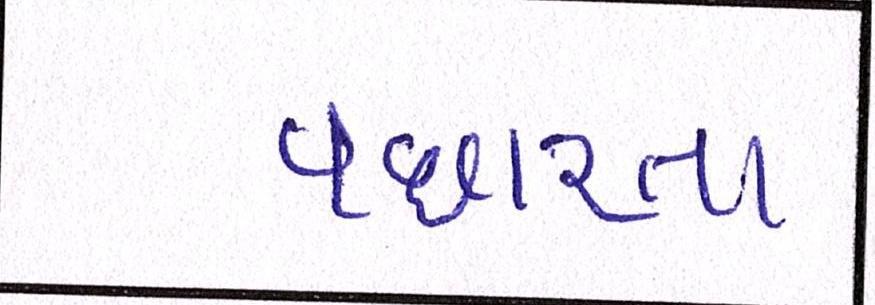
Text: વધારતા